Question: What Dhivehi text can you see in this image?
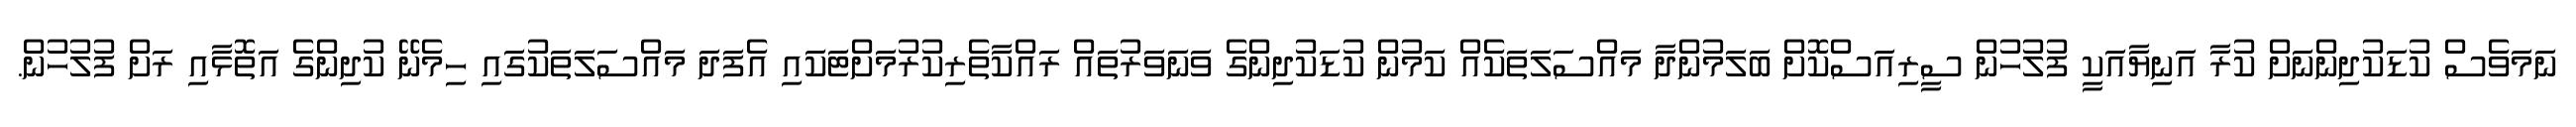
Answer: ނަމަވެސް ކުޑަކުދިންނަށް ކުރާ އަނިޔާއަކީ ފުލުހުން ސީރިއަސްކޮށް ބަލަމުންދާ މައްސަލަތަކެއް ކަމުން ކުޑަކުދިންގެ ވަނަވަރުތައް ރައްކާތެރިކުރުމަށްޓަކައި އެފަދަ މައްސަލަތަކުގައި ހިމެނޭ ކުދިންގެ އަތޮޅާއި ރަށް ފުލުހުން.